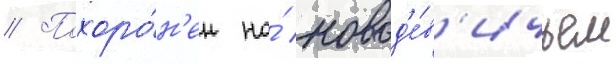
// Похоро́н'ен на́ новод'е́в'ичьем